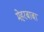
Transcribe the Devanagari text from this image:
मेहरबाबा